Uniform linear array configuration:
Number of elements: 32
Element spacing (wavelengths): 0.75
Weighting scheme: kaiser
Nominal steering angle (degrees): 0
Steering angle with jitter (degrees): -0.9646
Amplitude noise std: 0.05
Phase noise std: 0.05

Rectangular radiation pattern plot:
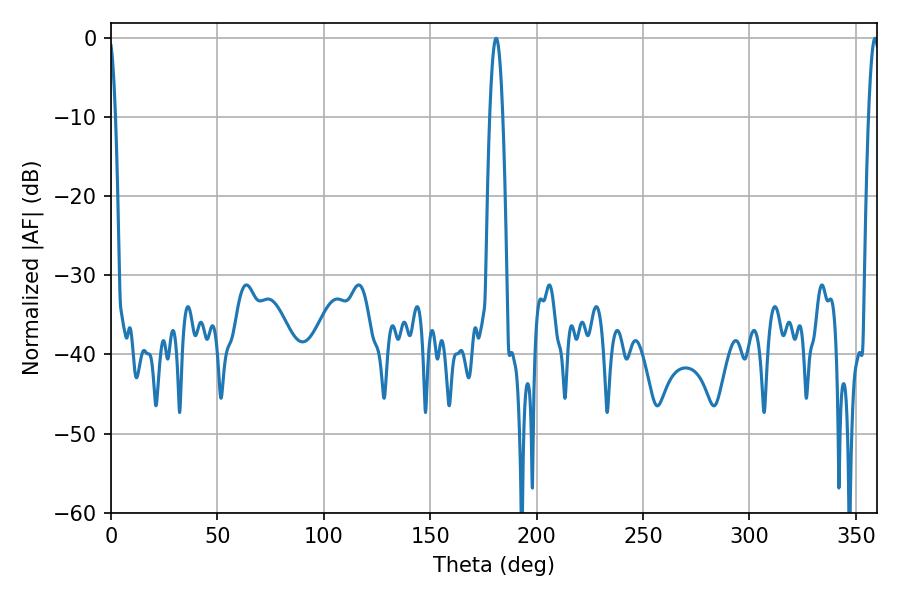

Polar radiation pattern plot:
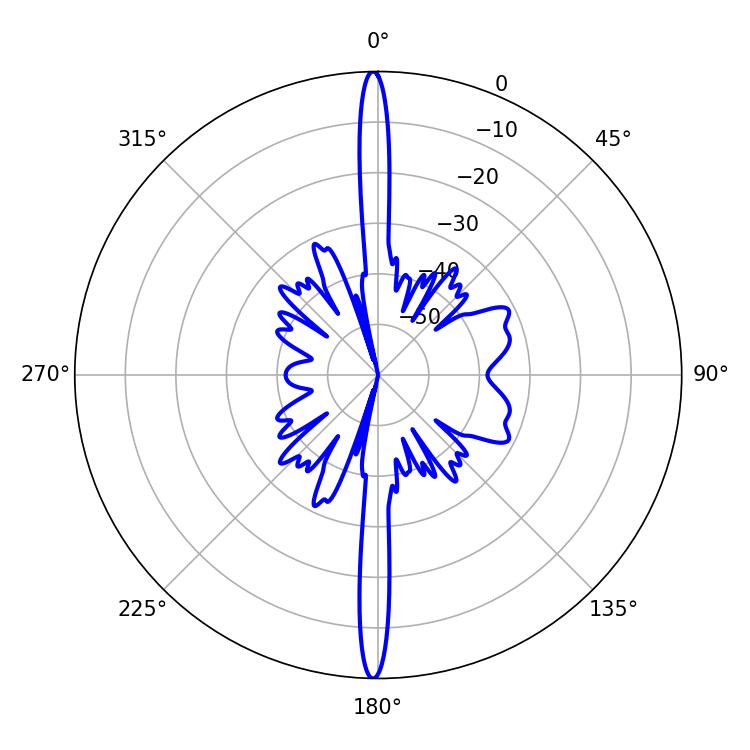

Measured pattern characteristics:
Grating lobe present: TRUE
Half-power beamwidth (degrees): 3.42
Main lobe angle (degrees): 180.9